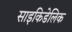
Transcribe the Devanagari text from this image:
साइकिडेलिक